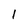
Character: 1